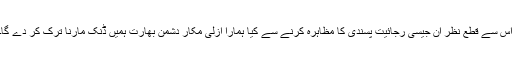
اس سے قطع نظر ان جیسی رجائیت پسندی کا مظاہرہ کرنے سے کیا ہمارا ازلی مکار دشمن بھارت ہمیں ڈنک مارنا ترک کر دے گا۔